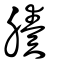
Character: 腠